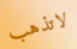
لاتذهب